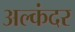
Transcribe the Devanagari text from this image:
अल्कंदर